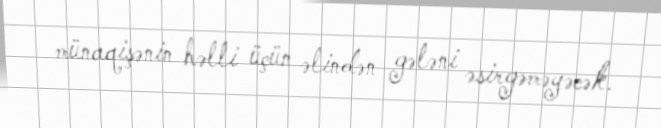
münaqişənin həlli üçün əlindən gələni əsirgəməyəcək.